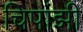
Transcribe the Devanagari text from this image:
चिपांझी